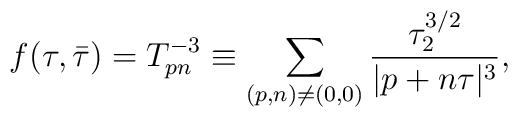
f(\tau,\bar{\tau})= T_{pn}^{-3} \equiv \sum_{(p,n )\neq(0,0)}{\tau_2^{3/2}\over |p+n\tau|^3},